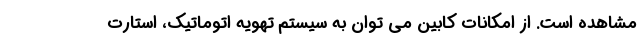
مشاهده است. از امکانات کابین می توان به سیستم تهویه اتوماتیک، استارت